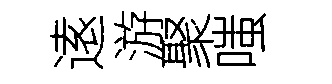
逺游聚嗤